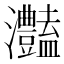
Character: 灎